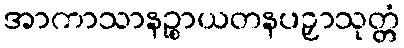
အာကာသာနဉ္စာယတနပဉှာသုတ္တံ